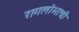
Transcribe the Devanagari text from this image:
रागलोभाची